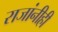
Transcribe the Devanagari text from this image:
राजांनीही